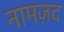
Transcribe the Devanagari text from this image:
नामज़द